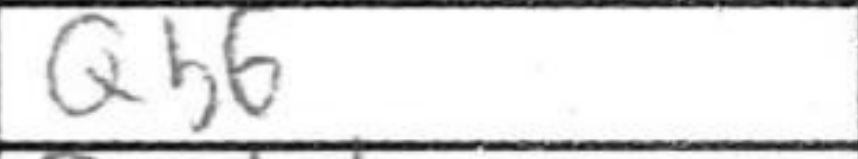
Transcription: Qb6